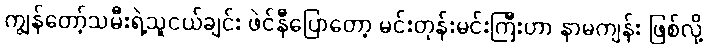
ကျွန်တော့်သမီးရဲ့သူငယ်ချင်း ဖဲင်နီပြောတော့ မင်းတုန်းမင်းကြီးဟာ နာမကျန်း ဖြစ်လို့